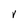
Character: V